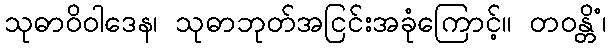
သုဓာဝိဝါဒေန၊ သုဓာဘုတ်အငြင်းအခုံကြောင့်။ တဝန္တိံ၊